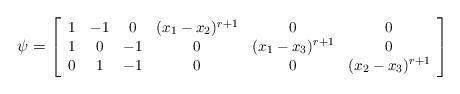
LaTeX: \begin{align*}\psi= {\small \left[ \begin{array}{*{3}c}1 & -1&0 \\1 & 0 &-1\\0& 1 &-1\end{array}\begin{array}{*{3}c}(x_1-x_2)^{r+1} & 0 & 0\\ 0 & (x_1-x_3)^{r+1} &0 \\ 0 &0 &(x_2-x_3)^{r+1} \end{array} \right]}\end{align*}